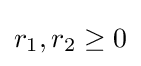
r_{1},r_{2}\geq 0